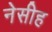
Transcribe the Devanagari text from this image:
नेसीह